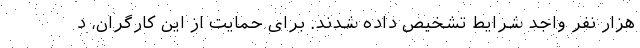
هزار نفر واجد شرایط تشخیص داده شدند. برای حمایت از این کارگران، د